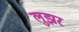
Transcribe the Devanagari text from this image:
लुझर